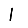
Digit: 1